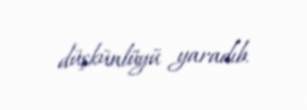
düşkünlüyü yaradıb.